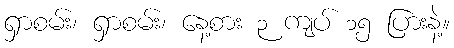
ရှာစမ်း၊ ရှာစမ်း၊ နေ့စား ၃ ကျပ် ၁၅ ပြားနဲ့။